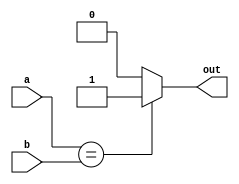
module EqCell( a, b, out);

	input [3:0] a;
	input [3:0] b;
	output out;
	wire out;

	assign out = a == b ? 1'b1 : 1'b0;

	//assign out = a & b & c;
	//assign out = AND(a, b, c);
  	//and(out, a,b,c);

endmodule